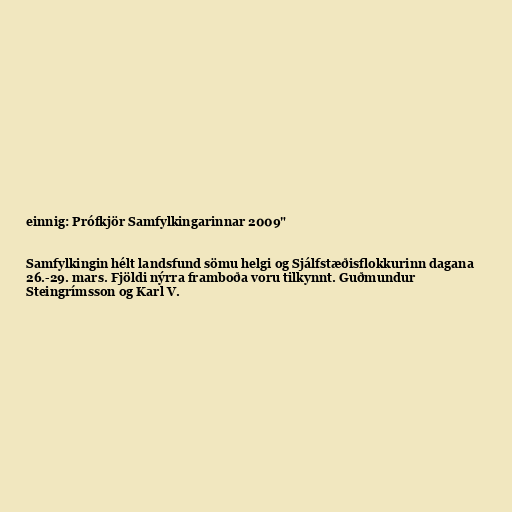
einnig: Prófkjör Samfylkingarinnar 2009"

Samfylkingin hélt landsfund sömu helgi og Sjálfstæðisflokkurinn dagana
26.-29. mars. Fjöldi nýrra framboða voru tilkynnt. Guðmundur
Steingrímsson og Karl V.